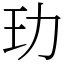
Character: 玏